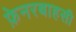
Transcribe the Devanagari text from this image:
फ़ेनरबाहसी